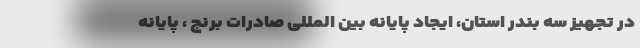
در تجهیز سه بندر استان، ایجاد پایانه بین المللی صادرات برنج ، پایانه